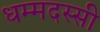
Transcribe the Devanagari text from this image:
धम्मदस्सी